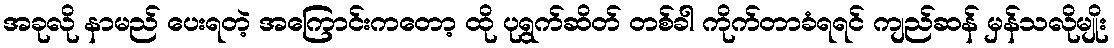
အခုလို နာမည် ပေးရတဲ့ အကြောင်းကတော့ ထို ပုရွက်ဆိတ် တစ်ခါ ကိုက်တာခံရရင် ကျည်ဆန် မှန်သလိုမျိုး